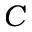
C